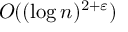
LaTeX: O ( ( \log n ) ^ { 2 + \varepsilon } )